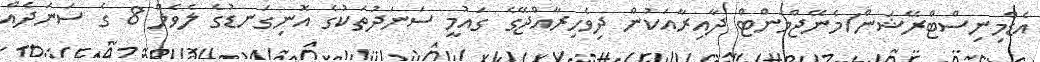
އެޑްމިނިސްޓްރޭޝަން/މެނޭޖްމަންޓް ދާއިރާއަކުން ދިވެހިރާއްޖޭގެ ގައުމީ ސަނަދުތަކުގެ އޮނިގަނޑުގެ ލެވެލް 8 ގެ ސަނަދެއް